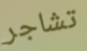
تشاجر